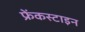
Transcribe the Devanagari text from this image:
फ्रेंकस्टाइन